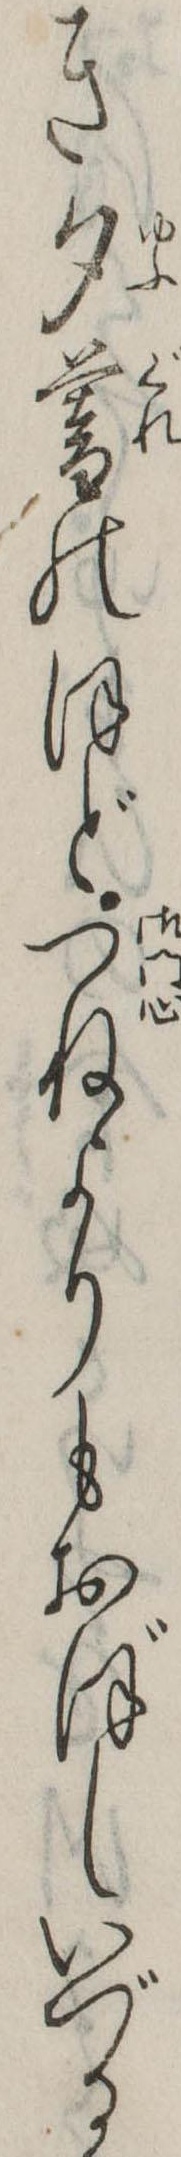
き夕暮のほどつねよりもおぼしいづる